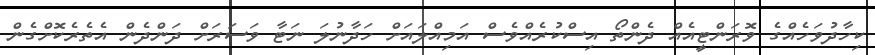
ކިހާދުވަހެއްގެ ވޮރަންޓީއެއް ދެންތޯ އިސްކުރެއްވެސް އަމިއްލައަށް ހަދާނުލަ ނަޓާ ވަސަރަށް ދަންދެން އެތެރެކޮށްގެން